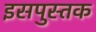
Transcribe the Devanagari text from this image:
इसपुस्तक